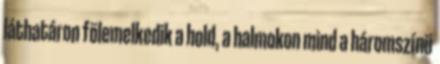
láthatáron fölemelkedik a hold, a halmokon mind a háromszínü